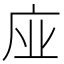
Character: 𢈀